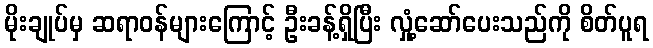
မိုးချုပ်မှ ဆရာဝန်များကြောင့် ဦးခန့်ရှိပြီး လှုံ့ဆော်ပေးသည်ကို စိတ်ပူရ